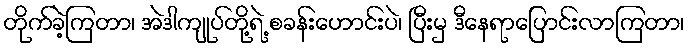
တိုက်ခဲ့ကြတာ၊ အဲဒါကျုပ်တို့ရဲ့ စခန်းဟောင်းပဲ၊ ပြီးမှ ဒီနေရာပြောင်းလာကြတာ၊